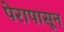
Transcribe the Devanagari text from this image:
पेरापासून